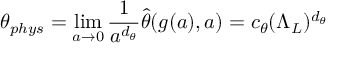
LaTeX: \theta _ { p h y s } = \operatorname * { l i m } _ { a \to 0 } { \frac { 1 } { a ^ { d _ { \theta } } } } \hat { \theta } ( g ( a ) , a ) = c _ { \theta } ( \Lambda _ { L } ) ^ { d _ { \theta } }